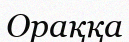
Ораққа